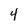
Character: 4